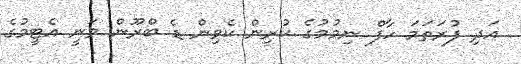
އަދި ފުރަތަމަ ހާފް ނިމުމުގެ ކުރިން ކެވިން ޑެ ބްރޫން ވަނީ އެޓީމުގެ